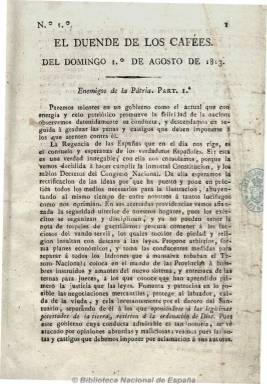
Título: El Duende de los cafées
Otros títulos: El Duende de los cafés
Colección: Periódicos anteriores a 1850
Ámbito geográfico: Cádiz
Lugar de publicación: [S.l.]
Fechas: 01/08/1813-31/12/1813

Diario gaditano de carácter político y patriótico y de ideas liberales “exaltadas”, anticlerical y “enemigo” de las órdenes regulares que, desde el 1 de agosto de 1813 hasta el 14 de mayo de 1814, editó 287 números, con un total de 1.340 páginas. Fue estampado sucesivamente en diferentes imprentas, en números de cuatro páginas, aunque a veces fueron ampliados hasta las ocho.

Contiene noticias, artículos y crónicas políticas y sobre los acontecimientos de la guerra de la independencia y las Cortes de Cádiz, así como otros documentos, además de versos, letrillas, etc., marcadas por la sátira y la crítica. Mantuvo polémicas con la prensa de ideología contraria.

Su director y uno de los principales redactores fue Jacinto María López, que estuvo acompañado en esta aventura por Tiburcio Campo y Miguel Cabrera de Nevares, que después sufrirían persecución y exilio. Fue prohibida su lectura bajo pena de excomunión al ser incluido en un edicto de la Inquisición en 1815.